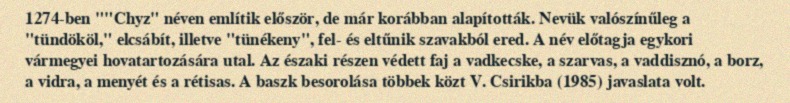
1274-ben ""Chyz" néven említik először, de már korábban alapították. Nevük valószínűleg a "tündököl," elcsábít, illetve "tünékeny", fel- és eltűnik szavakból ered. A név előtagja egykori vármegyei hovatartozására utal. Az északi részen védett faj a vadkecske, a szarvas, a vaddisznó, a borz, a vidra, a menyét és a rétisas. A baszk besorolása többek közt V. Csirikba (1985) javaslata volt.